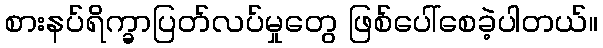
စားနပ်ရိက္ခာပြတ်လပ်မှုတွေ ဖြစ်ပေါ်စေခဲ့ပါတယ်။